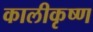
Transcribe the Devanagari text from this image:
कालीकृष्ण